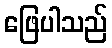
ဖြေပါသည်